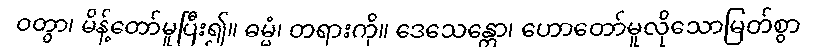
ဝတွာ၊ မိန့်တော်မူပြီး၍။ ဓမ္မံ၊ တရားကို။ ဒေသေန္တော၊ ဟောတော်မူလိုသောမြတ်စွာ